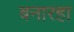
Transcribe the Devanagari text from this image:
बनारहा